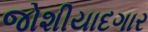
જોશીયાદગાર